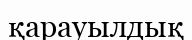
қарауылдық